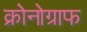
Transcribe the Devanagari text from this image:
क्रोनोग्राफ